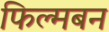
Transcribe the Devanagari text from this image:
फिल्मबन